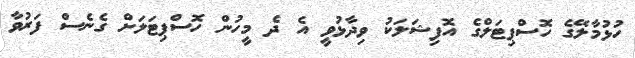
ހުޅުމާލޭގެ ހޮސްޕިޓަލްގެ އޮފިޝަލަކު ވިދާޅުވީ އެ ދެ މީހުން ހޮސްޕިޓަލަށް ގެނެސް ފަރުވާ